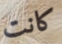
كانت